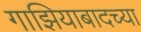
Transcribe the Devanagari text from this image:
गाझियाबादच्या